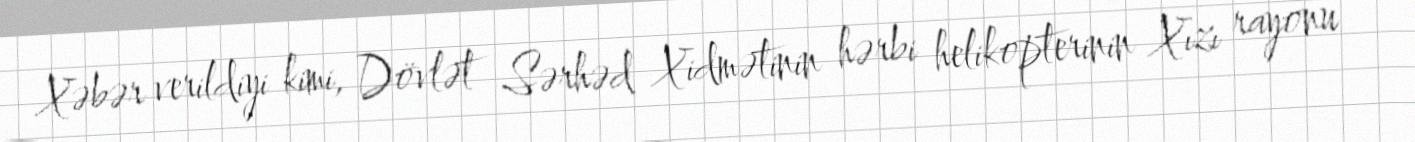
Xəbər verildiyi kimi, Dövlət Sərhəd Xidmətinin hərbi helikopterinin Xızı rayonu